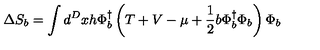
\Delta S _ { b } = \int d ^ { D } x h \Phi _ { b } ^ { \dagger } \left( T + V - \mu + \frac { 1 } { 2 } b \Phi _ { b } ^ { \dagger } \Phi _ { b } \right) \Phi _ { b }